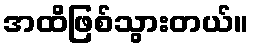
အထိဖြစ်သွားတယ်။